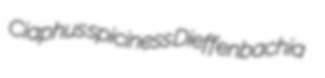
Ciaphus spiciness Dieffenbachia